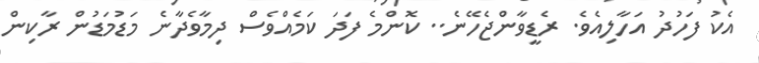
އެކު ފަހުދު އަހާލިއެވެ. ރެޑީވާންޖެހޭނެ.. ކޮންމެ ފަދަ ކަމެއްވެސް ދިމާވެދާނެ މަޑުމަޑުން ރާކިން